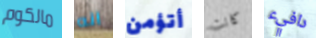
مالكوم انه أتؤمن كانت دافيء